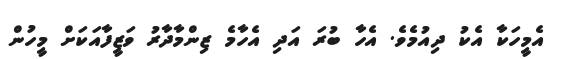
އެމީހަކާ އެކު ދިއުމެވެ. އެހާ ބުރަ އަދި އެހާމެ ޒިންމާދާރު ވަޒީފާއަކަށް މީހުން